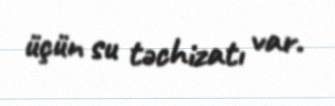
üçün su təchizatı var.